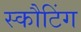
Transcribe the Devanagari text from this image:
स्कौटिंग